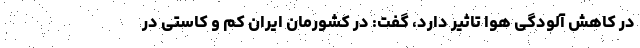
در کاهش آلودگی هوا تاثیر دارد، گفت: در کشورمان ایران کم و کاستی در